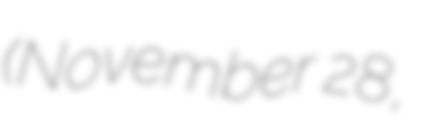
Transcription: (November 28,